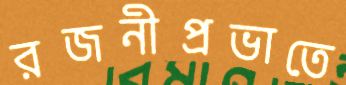
রজনীপ্রভাতে